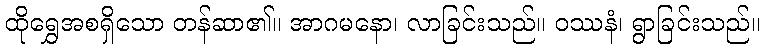
ထိုရွှေအစရှိသော တန်ဆာ၏။ အာဂမနော၊ လာခြင်းသည်။ ဝဿနံ၊ ရွာခြင်းသည်။